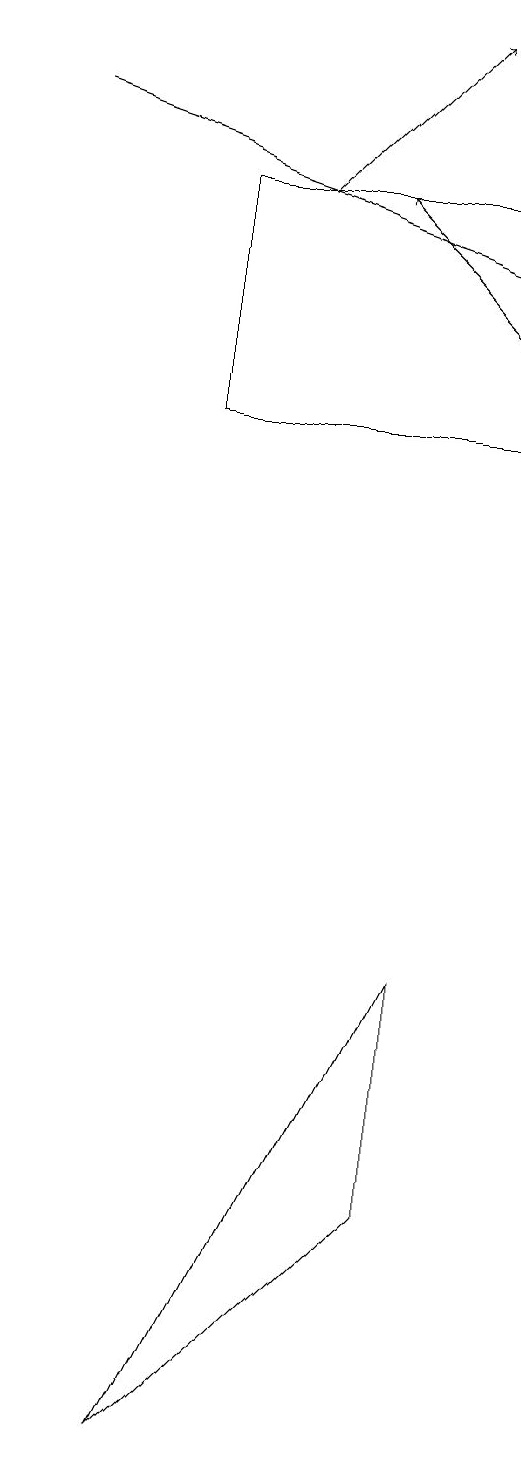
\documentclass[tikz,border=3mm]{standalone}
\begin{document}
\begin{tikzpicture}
\draw (6,16) rectangle (2,13);
\draw[->] (6,14) -- (4,16);
\draw (2,0) -- (5,6) -- (5,3) -- cycle;
\draw[->] (3,16) -- (5,18);
\draw[->] (0,17) -- (6,15);
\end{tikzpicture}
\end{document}